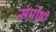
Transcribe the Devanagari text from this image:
संपोषी